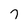
Character: 7